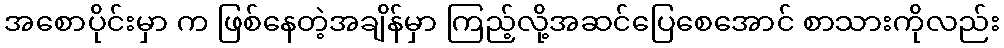
အစောပိုင်းမှာ က ဖြစ်နေတဲ့အချိန်မှာ ကြည့်လို့အဆင်ပြေစေအောင် စာသားကိုလည်း